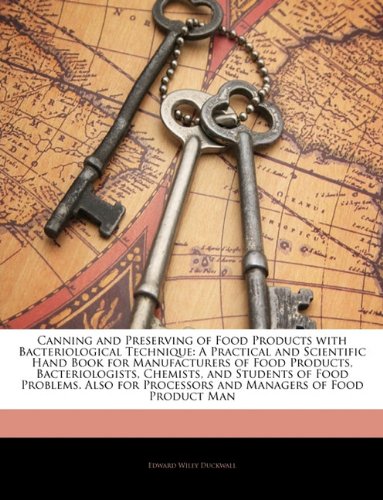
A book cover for Canning and Preserving of Food Products with Bacteriological Technique: A Practical and Scientific Hand Book for Manufacturers of Food Products, ... Processors and Managers of Food Product Man; Edward Wiley Duckwall; Cookbooks, Food & Wine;